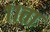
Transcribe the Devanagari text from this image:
११ता